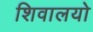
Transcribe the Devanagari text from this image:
शिवालयो